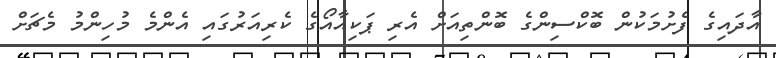
އާދައިގެ ފެށުމަކުން ބޮކްސިންގެ ބޮންތިއަށް އެރި ޕަކިއާއޯގެ ކެރިއަރުގައި އެންމެ މުހިންމު މެޗަށް